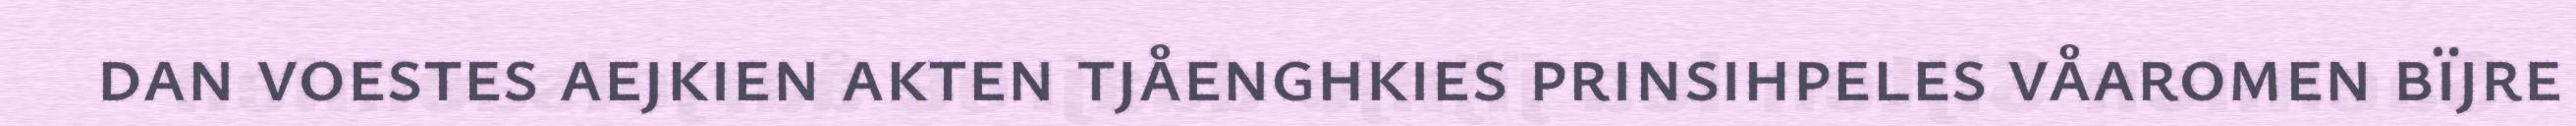
dan voestes aejkien akten tjåenghkies prinsihpeles våaromen bïjre